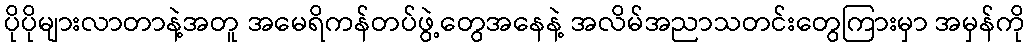
ပိုပိုများလာတာနဲ့အတူ အမေရိကန်တပ်ဖွဲ့တွေအနေနဲ့ အလိမ်အညာသတင်းတွေကြားမှာ အမှန်ကို